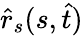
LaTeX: \hat{r}_{s}(s,\hat{t})